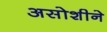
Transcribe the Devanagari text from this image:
असोशीने